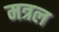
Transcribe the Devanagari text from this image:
मत्रल